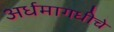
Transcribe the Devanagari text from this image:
अर्धमागधीचे